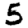
Digit: 5